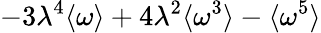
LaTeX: -3\lambda^{4}\langle\omega\rangle+4\lambda^{2}\langle\omega^{3}\rangle-\langle\omega^{5}\rangle